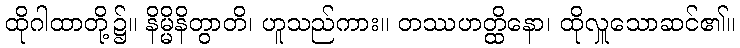
ထိုဂါထာတို့၌။ နိမ္မိနိတွာတိ၊ ဟူသည်ကား။ တဿဟတ္ထိနော၊ ထိုလှူသောဆင်၏။